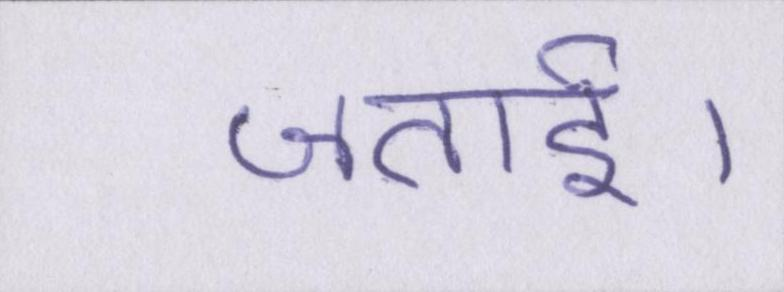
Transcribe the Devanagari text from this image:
जताई।